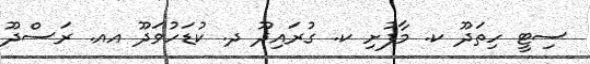
ސިޓީ ހިތަދޫ ކ. މާފުށި ކ. ގުރައިދޫ ދ. ކުޑަހުވަދޫ އއ. ރަސްދޫ